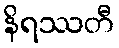
နိရဿတီ